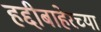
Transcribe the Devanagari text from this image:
हद्दीबाहेरच्या